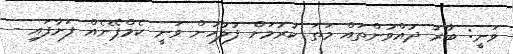
ވަނީ: ބާރު ދުއްވުންތައް މަތަ ކުރުމަށް ފުލުހުން ވަނީ ކެމްޕޭނެއް ފަށާފައި -